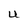
Character: U